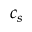
c _ { s }